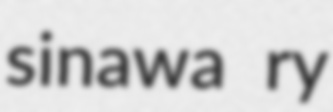
sinawa ry